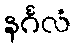
နင်္ဂလံ